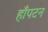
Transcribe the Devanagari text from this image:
हाँपटन